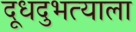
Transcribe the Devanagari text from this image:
दूधदुभत्याला